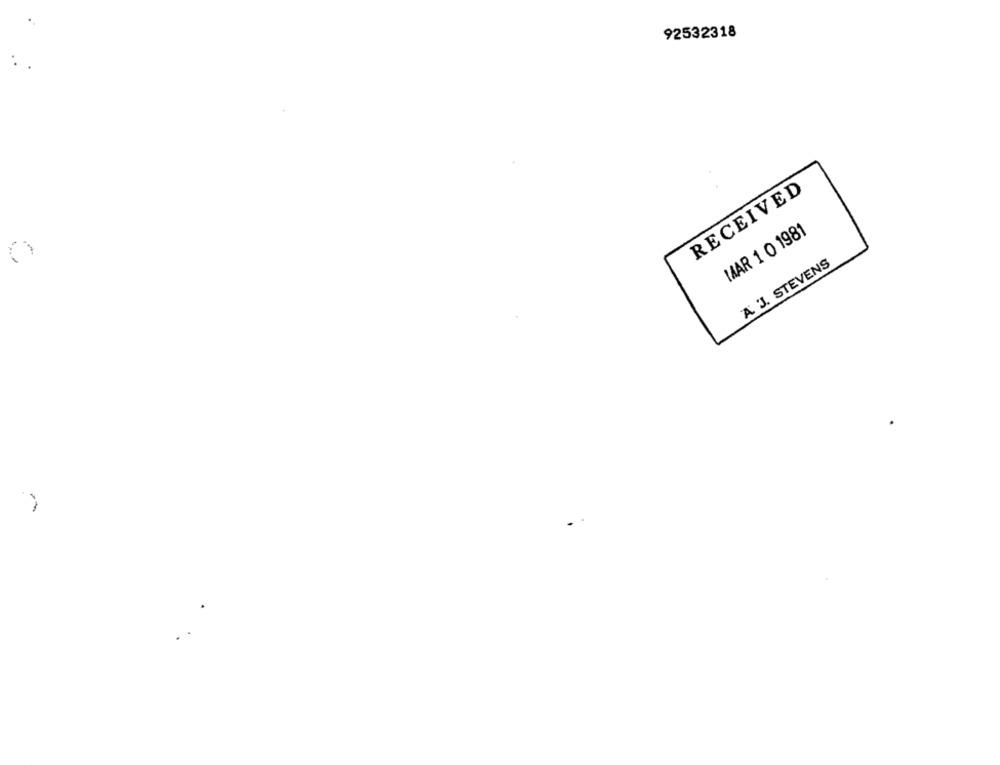
92532318
RECEIVED
MAAR 1 0 1981
A J. STEVENS